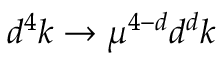
d ^ { 4 } k \to \mu ^ { 4 - d } d ^ { d } k